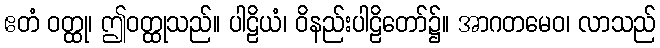
ဧတံ ဝတ္ထု၊ ဤဝတ္ထုသည်။ ပါဠိယံ၊ ဝိနည်းပါဠိတော်၌။ အာဂတမေဝ၊ လာသည်